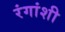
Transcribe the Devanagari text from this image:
रंगांशी